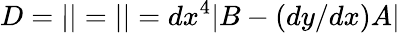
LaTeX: D=\left|\begin{array}{lllllll}\end{array}\right|=\left|\begin{array}{lllllll}\end{array}\right|=dx^{4}\vert B-(dy/dx)A\vert